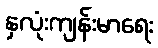
နှလုံးကျန်းမာရေး